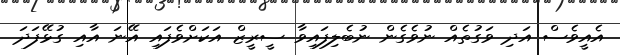
އެއީވެސް އަދި ވަގުތެއް ނުވެގެން ނުބެލިފައިވާ ސީރީޒް އަކަށްވެފައި އޭނަ އާއި ގުޅޭފަދަ